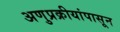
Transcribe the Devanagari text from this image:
अणुप्रक्रीयांपासून